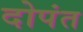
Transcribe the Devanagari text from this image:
दोपंत